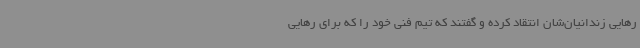
رهایی زندانیان‌شان انتقاد کرده و گفتند که تیم فنی خود را که برای رهایی